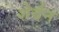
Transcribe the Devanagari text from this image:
शेर्दन